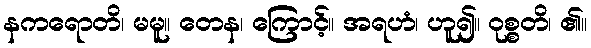
နကရောတိ၊ မမူ။ တေန၊ ကြောင့်။ အရဟံ၊ ဟူ၍။ ဝုစ္စတိ၊ ၏။